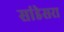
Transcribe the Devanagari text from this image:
सांडेसरा